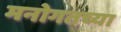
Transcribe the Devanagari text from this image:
मनोगतच्या